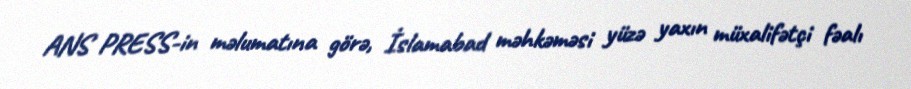
ANS PRESS-in məlumatına görə, İslamabad məhkəməsi yüzə yaxın müxalifətçi fəalı